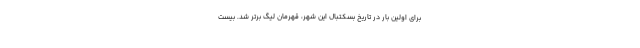
برای اولین بار در تاریخ بسکتبال این شهر، قهرمان لیگ برتر شد. بیست